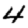
Digit: 4